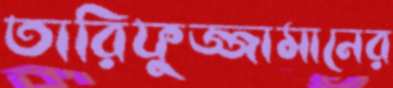
তারিফুজ্জামানের